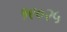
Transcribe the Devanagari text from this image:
१९०२५